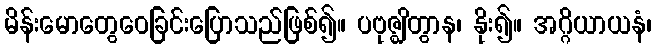
မိန်းမောတွေဝေခြင်းပြောသည်ဖြစ်၍။ ပဗုဇ္ဈိတွာန၊ နိုး၍။ အဂ္ဂိယာယနံ၊